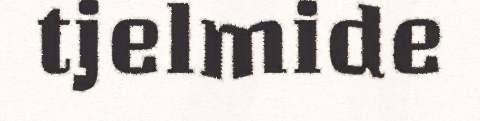
tjelmide